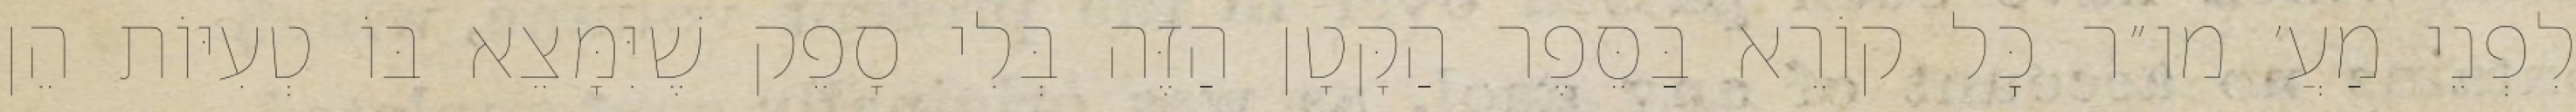
לִפְנֵי מַעֲ׳ מו״ר כׇּל קוֹרֵא בַּסֵּפֶר הַקָּטָן הַזֶּה בְּלִי סָפֵק שֶׁיִּמָּצֵא בּוֹ טְעִיּוֹת הֵן